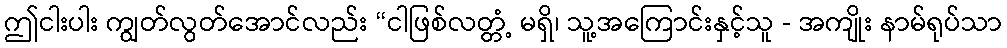
ဤငါးပါး ကျွတ်လွတ်အောင်လည်း “ငါဖြစ်လတ္တံ့ မရှိ၊ သူ့အကြောင်းနှင့်သူ - အကျိုး နာမ်ရုပ်သာ